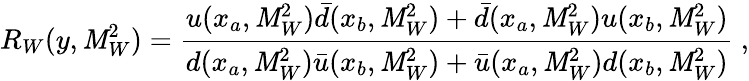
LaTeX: R_{W}(y,\mathit{M}_{W}^{2})=\frac{{u(x_{a},\mathit{M}_{W}^{2})\bar{{d}}(x_{b},\mathit{M}_{W}^{2})+\bar{{d}}(x_{a},\mathit{M}_{W}^{2})u(x_{b},\mathit{M}_{W}^{2})}}{{d(x_{a},\mathit{M}_{W}^{2})\bar{{u}}(x_{b},\mathit{M}_{W}^{2})+\bar{{u}}(x_{a},\mathit{M}_{W}^{2})d(x_{b},\mathit{M}_{W}^{2})}}~,